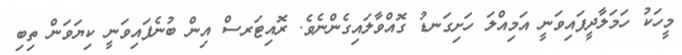
މީހަކު ހަމަލާދީފައިވަނީ އަމިއްލަ ހަށިގަނޑު ގޮއްވާލައިގެންނެވެ. ރޮއިޓަރސް އިން ބުނެފައިވަނީ ކިޔަވަން ތިބި